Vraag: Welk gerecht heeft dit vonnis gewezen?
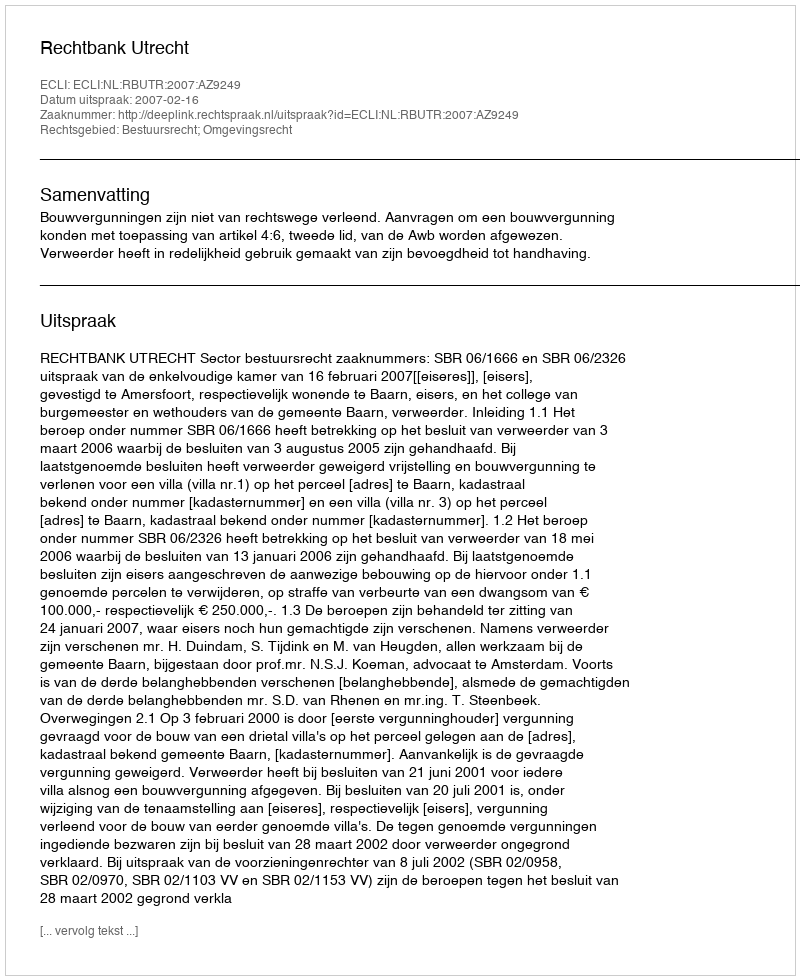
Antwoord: Rechtbank Utrecht